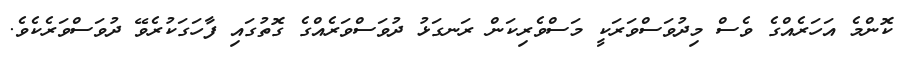
ކޮންމެ އަހަރެއްގެ ވެސް މިދުވަސްވަރަކީ މަސްވެރިކަން ރަނގަޅު ދުވަސްވަރެއްގެ ގޮތުގައި ފާހަގަކުރެވޭ ދުވަސްވަރެކެވެ.